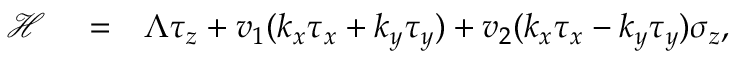
\begin{array} { r l r } { \mathcal { H } } & { { } = } & { \Lambda \tau _ { z } + v _ { 1 } ( k _ { x } \tau _ { x } + k _ { y } \tau _ { y } ) + v _ { 2 } ( k _ { x } \tau _ { x } - k _ { y } \tau _ { y } ) \sigma _ { z } , } \end{array}